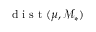
\mathrm { ~ d ~ i ~ s ~ t ~ } ( \boldsymbol { \mu } , \mathcal { M } _ { * } )